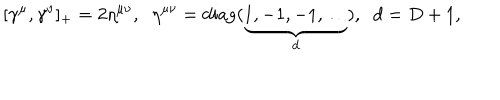
\lbrack \gamma ^ { \mu } , \gamma ^ { \nu } ] _ { + } = 2 \eta ^ { \mu \nu } , \; \; \eta ^ { \mu \nu } = \mathrm { d i a g } ( \underbrace { 1 , - 1 , - 1 , \ldots } _ { d } ) , \; \; d = D + 1 ,